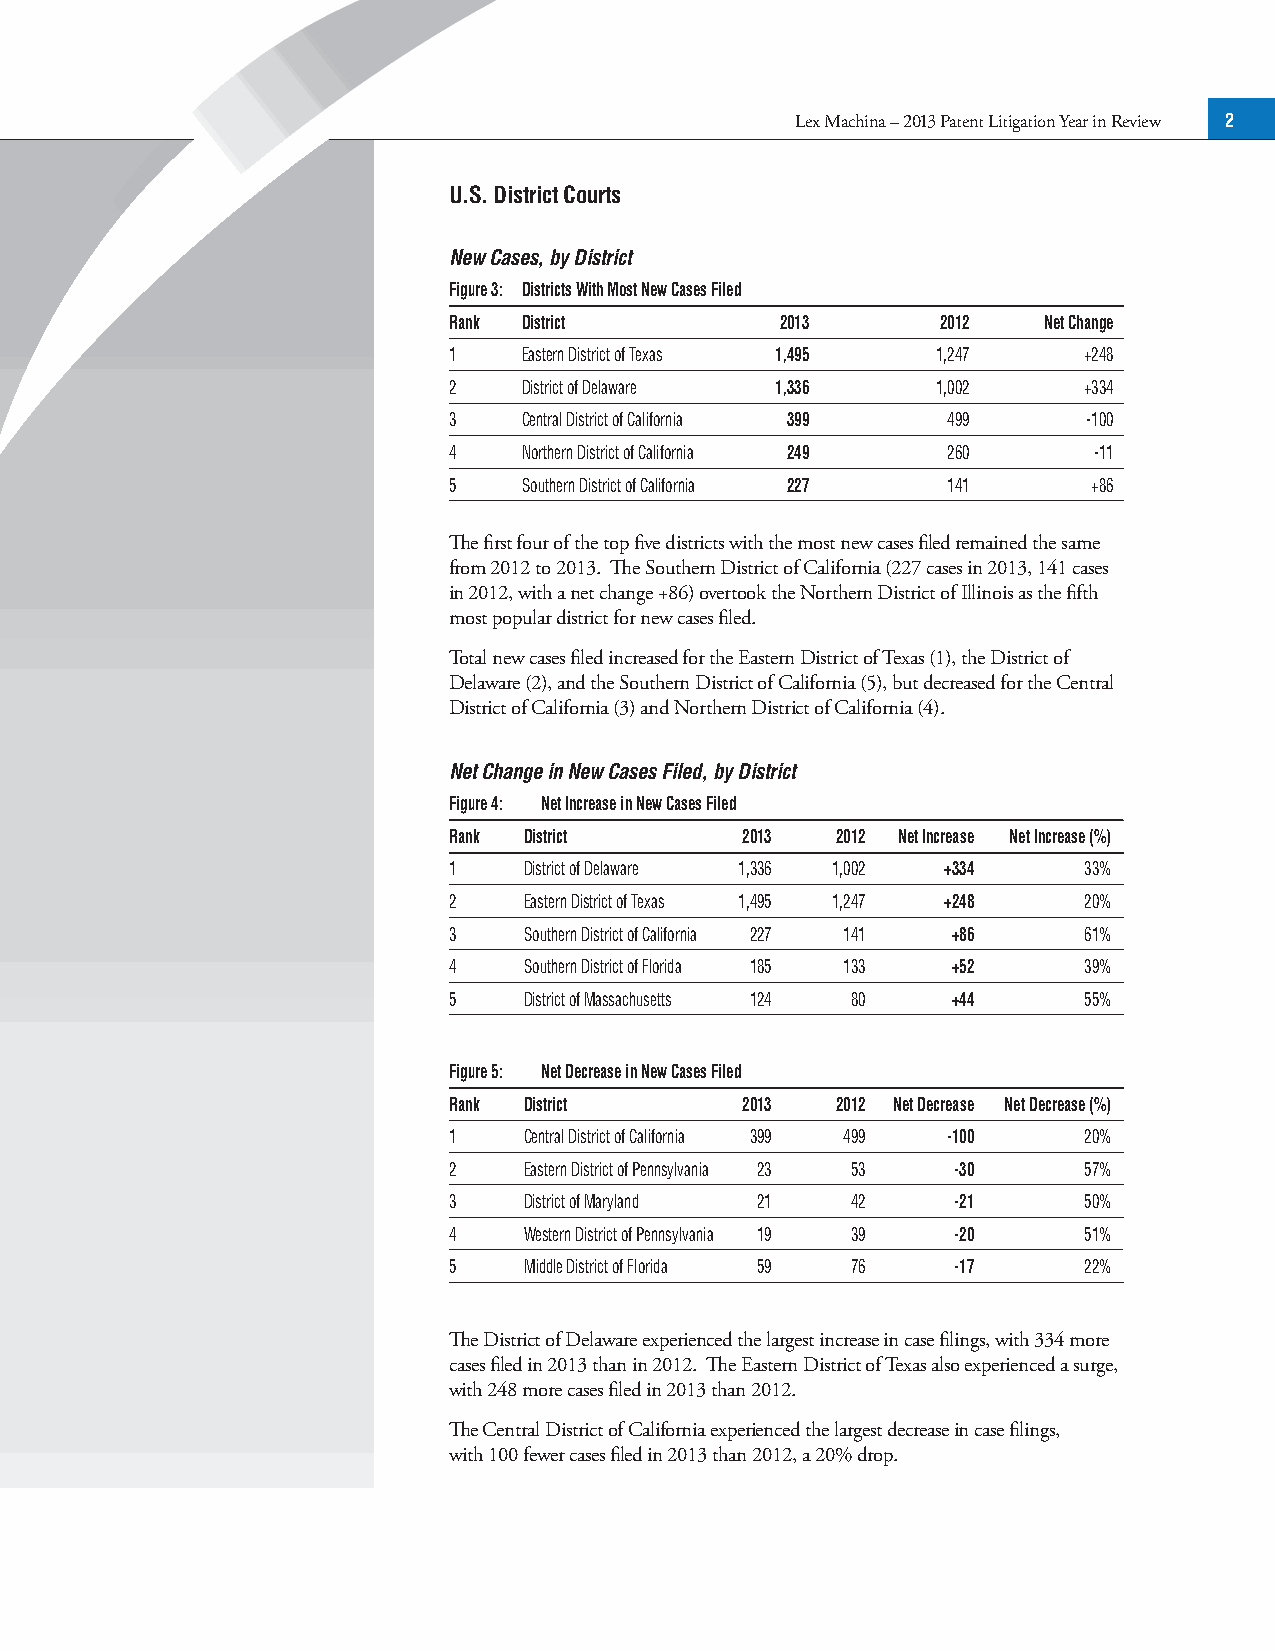
Lex Machina – 2013 Patent Litigation Year in Review 2
 U.S. District Courts
 New Cases, by District
 Figure 3: Districts With Most New Cases Filed
 Rank District         2013      2012   Net Change
 1    Eastern District of Texas 1,495 1,247 +248
 2    District of Delaware 1,336 1,002     +334
 3    Central District of California 399 499 -100
 4    Northern District of California 249 260 -11
 5    Southern District of California 227 141 +86
 The first four of the top five districts with the most new cases filed remained the same
 from 2012 to 2013. The Southern District of California (227 cases in 2013, 141 cases
 in 2012, with a net change +86) overtook the Northern District of Illinois as the fifth
 most popular district for new cases filed.
 Total new cases filed increased for the Eastern District of Texas (1), the District of
 Delaware (2), and the Southern District of California (5), but decreased for the Central
 District of California (3) and Northern District of California (4).
 Net Change in New Cases Filed, by District
 Figure 4: Net Increase in New Cases Filed
 Rank District      2013  2012 Net Increase Net Increase (%)
 1    District of Delaware 1,336 1,002 +334 33%
 2    Eastern District of Texas 1,495 1,247 +248 20%
 3    Southern District of California 227 141 +86 61%
 4    Southern District of Florida 185 133 +52 39%
 5    District of Massachusetts 124 80 +44 55%
 Figure 5: Net Decrease in New Cases Filed
 Rank District      2013  2012 Net Decrease Net Decrease (%)
 1    Central District of California 399 499 -100 20%
 2    Eastern District of Pennsylvania 23 53 -30 57%
 3    District of Maryland 21 42  -21      50%
 4    Western District of Pennsylvania 19 39 -20 51%
 5    Middle District of Florida 59 76 -17 22%
 The District of Delaware experienced the largest increase in case filings, with 334 more
 cases filed in 2013 than in 2012. The Eastern District of Texas also experienced a surge,
 with 248 more cases filed in 2013 than 2012.
 The Central District of California experienced the largest decrease in case filings,
 with 100 fewer cases filed in 2013 than 2012, a 20% drop.